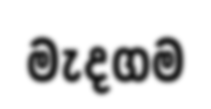
මැදගම